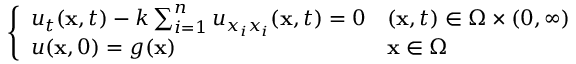
\left\{ \begin{array} { l l } { u _ { t } ( \mathbf { x } , t ) - k \sum _ { i = 1 } ^ { n } u _ { x _ { i } x _ { i } } ( \mathbf { x } , t ) = 0 } & { ( \mathbf { x } , t ) \in \Omega \times ( 0 , \infty ) } \\ { u ( \mathbf { x } , 0 ) = g ( \mathbf { x } ) } & { \mathbf { x } \in \Omega } \end{array} \right.